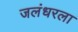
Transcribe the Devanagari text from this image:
जलंधरला